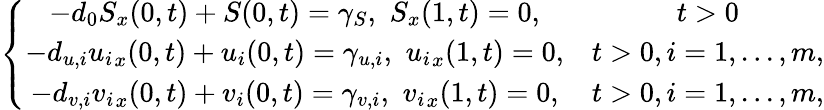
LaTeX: \left\{ \begin{array}{cc}{-d_{0}S_{x}(0,t)+S(0,t)=\gamma_{S},\, \, S_{x}(1,t)=0,}&{t>0}\\ {-d_{u,i}{u_{i}}_{x}(0,t)+u_{i}(0,t)=\gamma_{u,i},\, \, {u_{i}}_{x}(1,t)=0,}&{t>0,i=1,...,m,}\\ {-d_{v,i}{v_{i}}_{x}(0,t)+v_{i}(0,t)=\gamma_{v,i},\, \, {v_{i}}_{x}(1,t)=0,}&{t>0,i=1,...,m,}\end{array}\right.